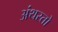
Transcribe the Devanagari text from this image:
अंथरतो